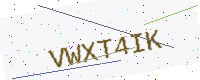
Text: VWXT4IK